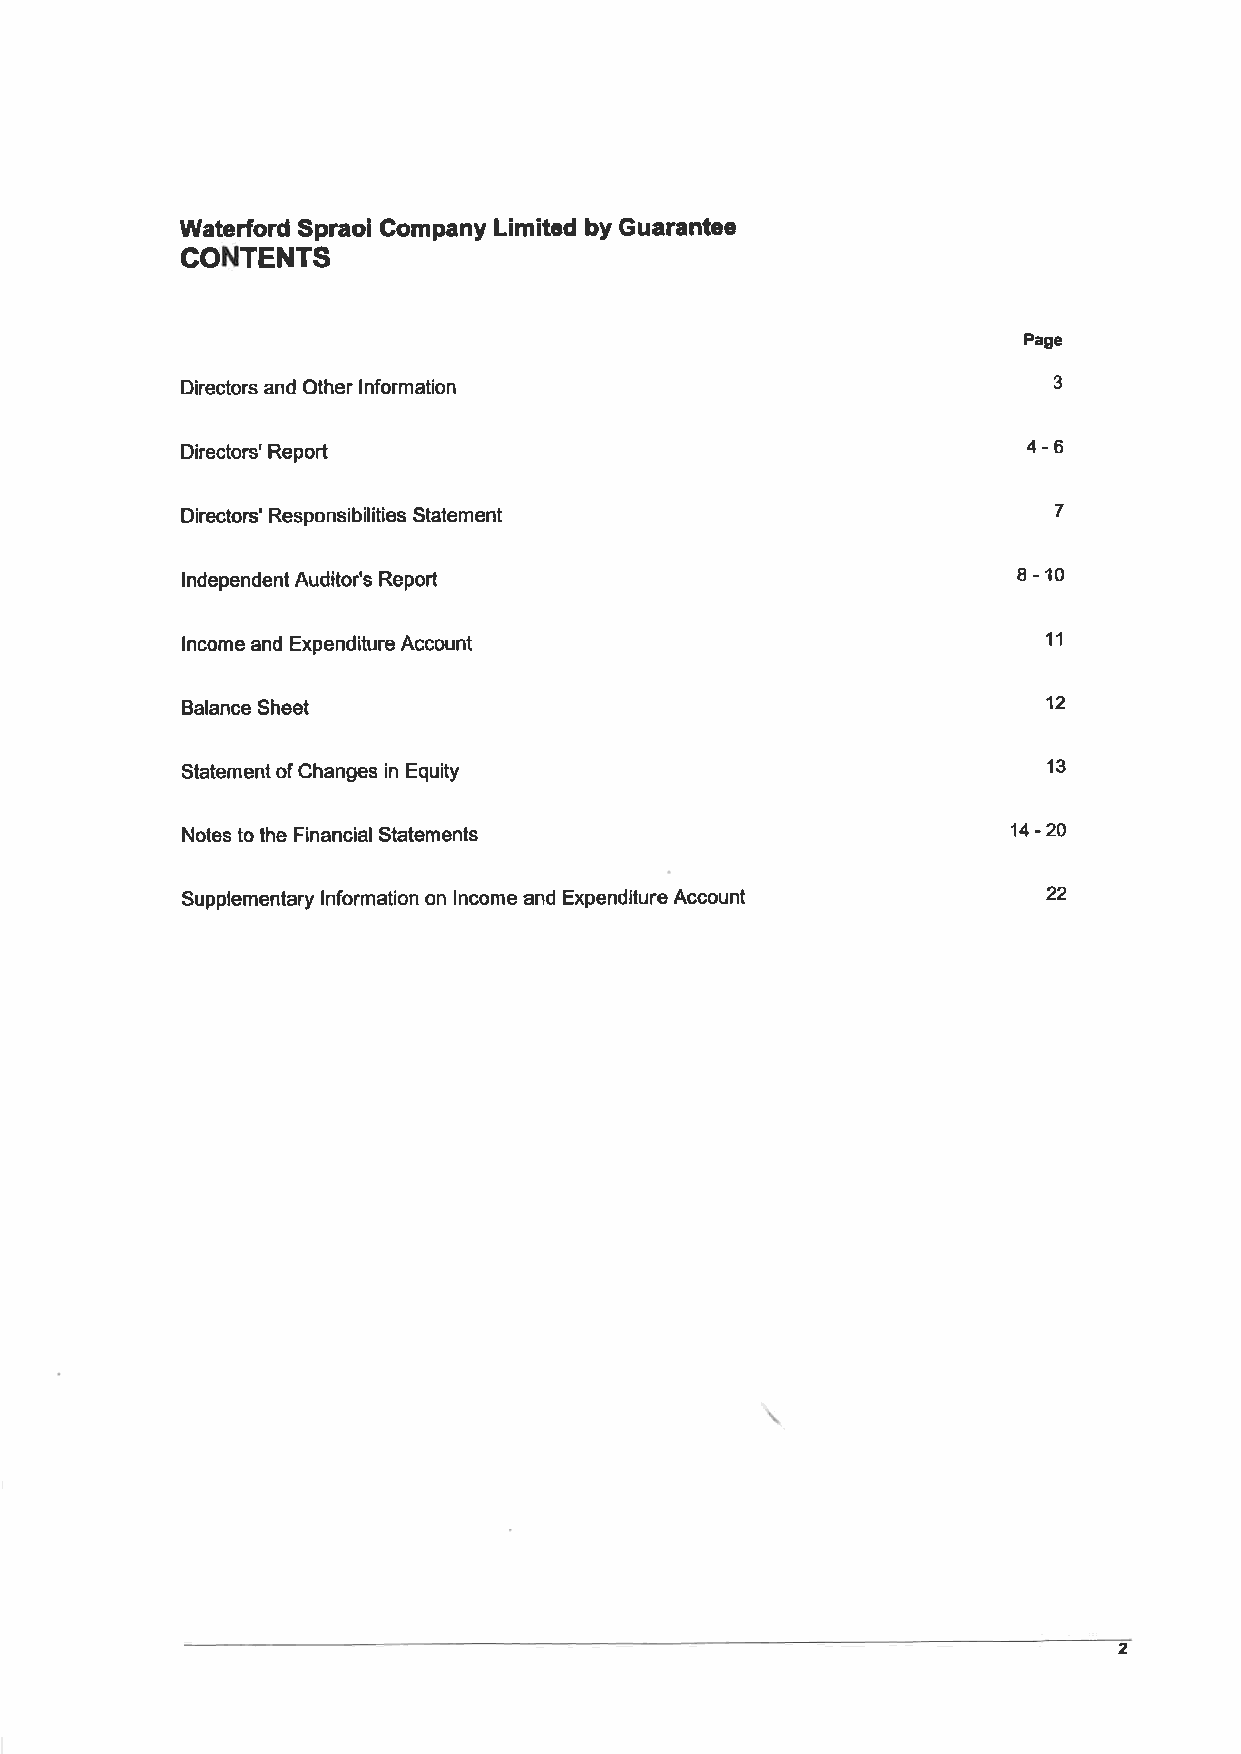
Waterford Spraoi Gompany Limited by Guarantee
 CONTENTS
 Page
 Directors and Other Information                           3
 4-6
 Directors' Report
 Directors' Responsibilities Stalement                     7
 8-10
 ndependent Auditor's Report
 I
 lncome and Expendifure Account                           11
 Balance Sheet                                            12
 't3
 Statement of Changes in Equity
 Notes to the Financial Statements                      14 -20
 Supplementary lnformation on lncome and Expenditure Account 22
 2